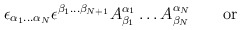
\begin{align*}\epsilon_{\alpha_1 \ldots \alpha_N} \epsilon^{\beta_1 \ldots \beta_{N+1}} A^{\alpha_1}_{\beta_1} \ldots A^{\alpha_N}_{\beta_N} \qquad \hbox{or} \qquad\end{align*}